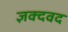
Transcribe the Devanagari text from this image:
ज्ञक्दवद